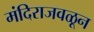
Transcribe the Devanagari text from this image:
मंदिराजवळून